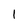
Character: 1